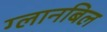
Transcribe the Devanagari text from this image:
ग्लानबिल